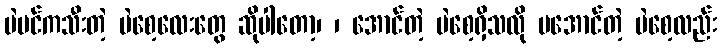
ပဲပင်ကသီးတဲ့ ပဲစေ့လေးတွေ ဆိုပါတော့၊ ၊ အောင်တဲ့ ပဲစေ့ရှိသလို မအောင်တဲ့ ပဲစေ့လည်း